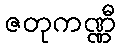
ဇတုကဏ္ဏီ